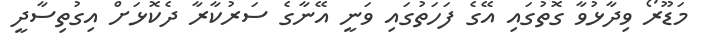
މަޑޫރޯ ވިދާޅުވާ ގޮތުގައި އޭގެ ފަހަތުގައި ވަނީ އޭނާގެ ސަރުކާރާ ދެކޮޅަށް އިގުތިސާދީ